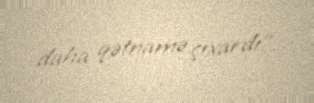
daha qətnamə çıxardı”.